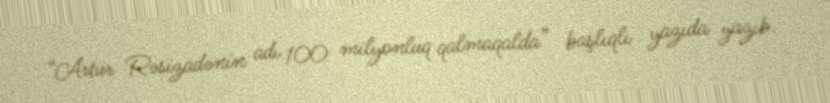
“Artur Rəsizadənin adı 100 milyonluq qalmaqalda” başlıqlı yazıda yazıb.